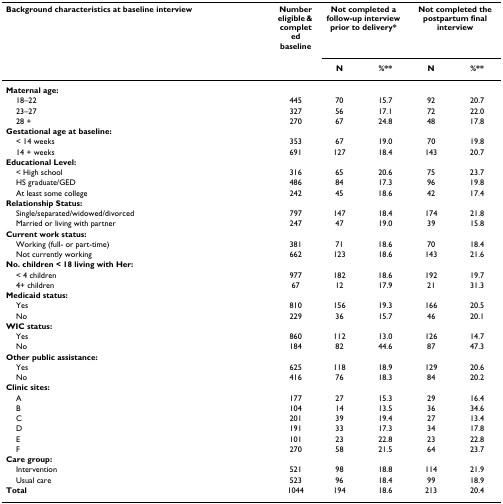
<table><thead><tr><td><b>Background characteristics at baseline interview</b></td><td><b>Number eligible &amp; completed baseline</b></td><td colspan="2"><b>Not completed a follow-up interview prior to delivery*</b></td><td colspan="2"><b>Not completed the postpartum final interview</b></td></tr><tr><td></td><td></td><td><b>N</b></td><td><b>%**</b></td><td><b>N</b></td><td><b>%**</b></td></tr></thead><tbody><tr><td><b>Maternal age:</b></td><td></td><td></td><td></td><td></td><td></td></tr><tr><td> 18–22</td><td>445</td><td>70</td><td>15.7</td><td>92</td><td>20.7</td></tr><tr><td> 23–27</td><td>327</td><td>56</td><td>17.1</td><td>72</td><td>22.0</td></tr><tr><td> 28 +</td><td>270</td><td>67</td><td>24.8</td><td>48</td><td>17.8</td></tr><tr><td><b>Gestational age at baseline:</b></td><td></td><td></td><td></td><td></td><td></td></tr><tr><td> &lt; 14 weeks</td><td>353</td><td>67</td><td>19.0</td><td>70</td><td>19.8</td></tr><tr><td> 14 + weeks</td><td>691</td><td>127</td><td>18.4</td><td>143</td><td>20.7</td></tr><tr><td><b>Educational Level:</b></td><td></td><td></td><td></td><td></td><td></td></tr><tr><td> &lt; High school</td><td>316</td><td>65</td><td>20.6</td><td>75</td><td>23.7</td></tr><tr><td> HS graduate/GED</td><td>486</td><td>84</td><td>17.3</td><td>96</td><td>19.8</td></tr><tr><td> At least some college</td><td>242</td><td>45</td><td>18.6</td><td>42</td><td>17.4</td></tr><tr><td><b>Relationship Status:</b></td><td></td><td></td><td></td><td></td><td></td></tr><tr><td> Single/separated/widowed/divorced</td><td>797</td><td>147</td><td>18.4</td><td>174</td><td>21.8</td></tr><tr><td> Married or living with partner</td><td>247</td><td>47</td><td>19.0</td><td>39</td><td>15.8</td></tr><tr><td><b>Current work status:</b></td><td></td><td></td><td></td><td></td><td></td></tr><tr><td> Working (full- or part-time)</td><td>381</td><td>71</td><td>18.6</td><td>70</td><td>18.4</td></tr><tr><td> Not currently working</td><td>662</td><td>123</td><td>18.6</td><td>143</td><td>21.6</td></tr><tr><td><b>No. children &lt; 18 living with Her:</b></td><td></td><td></td><td></td><td></td><td></td></tr><tr><td> &lt; 4 children</td><td>977</td><td>182</td><td>18.6</td><td>192</td><td>19.7</td></tr><tr><td> 4+ children</td><td>67</td><td>12</td><td>17.9</td><td>21</td><td>31.3</td></tr><tr><td><b>Medicaid status:</b></td><td></td><td></td><td></td><td></td><td></td></tr><tr><td> Yes</td><td>810</td><td>156</td><td>19.3</td><td>166</td><td>20.5</td></tr><tr><td> No</td><td>229</td><td>36</td><td>15.7</td><td>46</td><td>20.1</td></tr><tr><td><b>WIC status:</b></td><td></td><td></td><td></td><td></td><td></td></tr><tr><td> Yes</td><td>860</td><td>112</td><td>13.0</td><td>126</td><td>14.7</td></tr><tr><td> No</td><td>184</td><td>82</td><td>44.6</td><td>87</td><td>47.3</td></tr><tr><td><b>Other public assistance:</b></td><td></td><td></td><td></td><td></td><td></td></tr><tr><td> Yes</td><td>625</td><td>118</td><td>18.9</td><td>129</td><td>20.6</td></tr><tr><td> No</td><td>416</td><td>76</td><td>18.3</td><td>84</td><td>20.2</td></tr><tr><td><b>Clinic sites:</b></td><td></td><td></td><td></td><td></td><td></td></tr><tr><td> A</td><td>177</td><td>27</td><td>15.3</td><td>29</td><td>16.4</td></tr><tr><td> B</td><td>104</td><td>14</td><td>13.5</td><td>36</td><td>34.6</td></tr><tr><td> C</td><td>201</td><td>39</td><td>19.4</td><td>27</td><td>13.4</td></tr><tr><td> D</td><td>191</td><td>33</td><td>17.3</td><td>34</td><td>17.8</td></tr><tr><td> E</td><td>101</td><td>23</td><td>22.8</td><td>23</td><td>22.8</td></tr><tr><td> F</td><td>270</td><td>58</td><td>21.5</td><td>64</td><td>23.7</td></tr><tr><td><b>Care group:</b></td><td></td><td></td><td></td><td></td><td></td></tr><tr><td> Intervention</td><td>521</td><td>98</td><td>18.8</td><td>114</td><td>21.9</td></tr><tr><td> Usual care</td><td>523</td><td>96</td><td>18.4</td><td>99</td><td>18.9</td></tr><tr><td><b>Total</b></td><td>1044</td><td>194</td><td>18.6</td><td>213</td><td>20.4</td></tr></tbody></table>